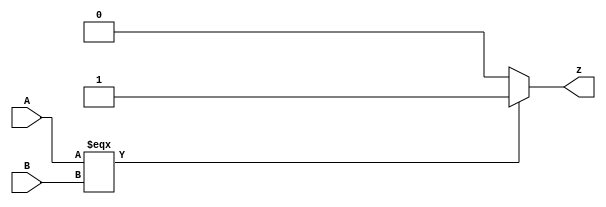
module top_module ( input [1:0] A, input [1:0] B, output z ); 
    
    assign z = (A===B)? 1:0; // === for all bits

endmodule